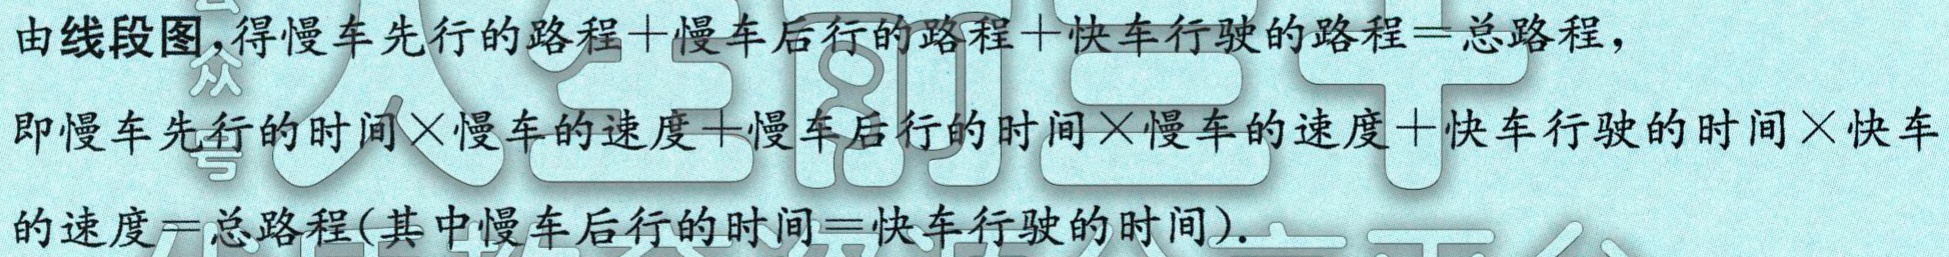
由线段图，得慢车先行的路程＋慢车后行的路程＋快车行驶的路程＝总路程，

即慢车先行的时间×慢车的速度＋慢车后行的时间×慢车的速度＋快车行驶的时间×快车

的速度＝总路程(其中慢车后行的时间＝快车行驶的时间).